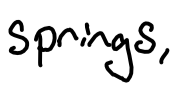
Text: Springs,
Cross-out: clean
Writing tool: digital_black